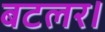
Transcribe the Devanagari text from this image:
बटलर।